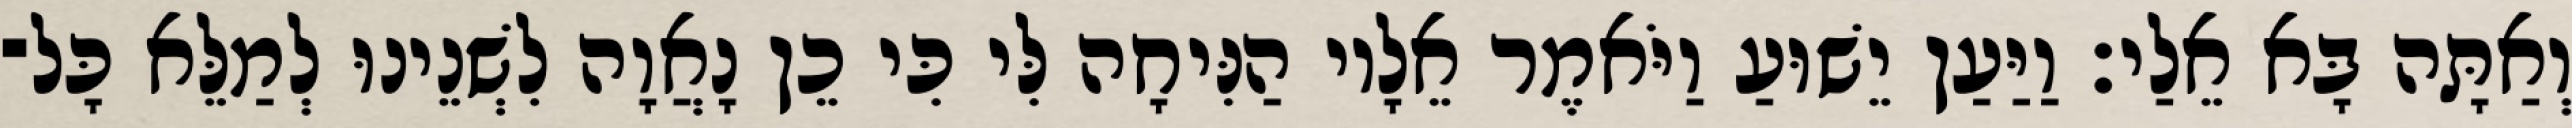
וְאַתָּה בָּא אֵלַי׃ וַיַּעַן יֵשׁוּעַ וַיֹּאמֶר אֵלָיו הַנִּיחָה לִּי כִּי כֵן נָאֲוָה לִשְׁנֵינוּ לְמַלֵּא כָּל־